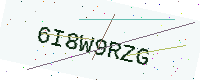
Text: 6I8W9RZG